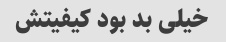
خیلی بد بود کیفیتش